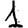
Digit: 1